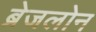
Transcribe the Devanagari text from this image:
ब्रेजलोन